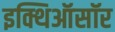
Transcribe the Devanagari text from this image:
इक्थिऑसॉर